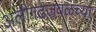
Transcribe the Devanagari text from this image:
अलीगढजवळच्या